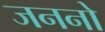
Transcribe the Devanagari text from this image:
जननो